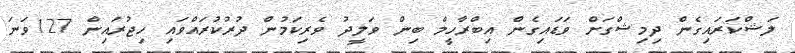
ލަޝްކަރައިގެން ދިމިޝްގަށް ވަޑައިގެން އިބްރާހީމް ބިން ވަލީދު ވެރިކަމުން ދުރުކުރައްވައި ހިޖުރައިން 127ވަނަ